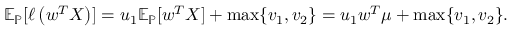
\mathbb { E } _ { \mathbb { P } } [ \ell \left( \boldsymbol { w } ^ { T } \boldsymbol { X } \right) ] = u _ { 1 } \mathbb { E } _ { \mathbb { P } } [ \boldsymbol { w } ^ { T } \boldsymbol { X } ] + \operatorname* { m a x } \{ v _ { 1 } , v _ { 2 } \} = u _ { 1 } \boldsymbol { w } ^ { T } \boldsymbol { \mu } + \operatorname* { m a x } \{ v _ { 1 } , v _ { 2 } \} .